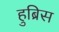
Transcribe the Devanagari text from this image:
हुब्रिस